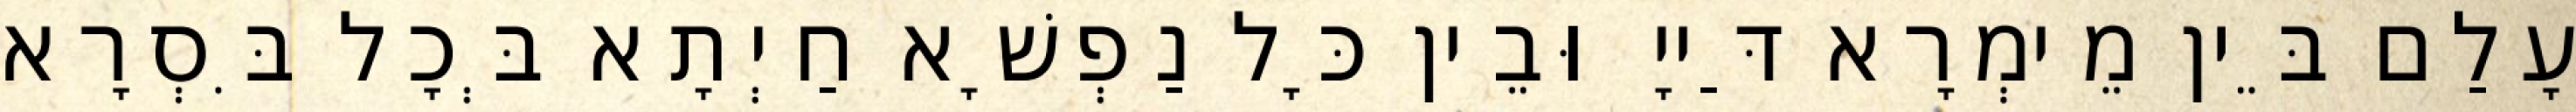
עָלַם בֵּין מֵימְרָא דַּייָ וּבֵין כָּל נַפְשָׁא חַיְתָא בְּכָל בִּסְרָא